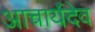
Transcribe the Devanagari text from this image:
आचार्यदेव